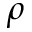
\rho